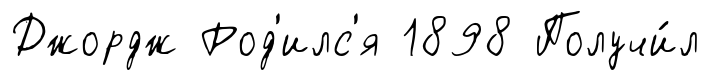
Джордж Род'илс'я 1898 Получи́л